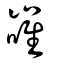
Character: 嶉